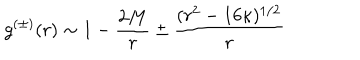
g ^ { ( \pm ) } ( r ) \sim 1 - { \frac { 2 M } { r } } \pm { \frac { ( r ^ { 2 } - 1 6 \kappa ) ^ { 1 / 2 } } { r } }